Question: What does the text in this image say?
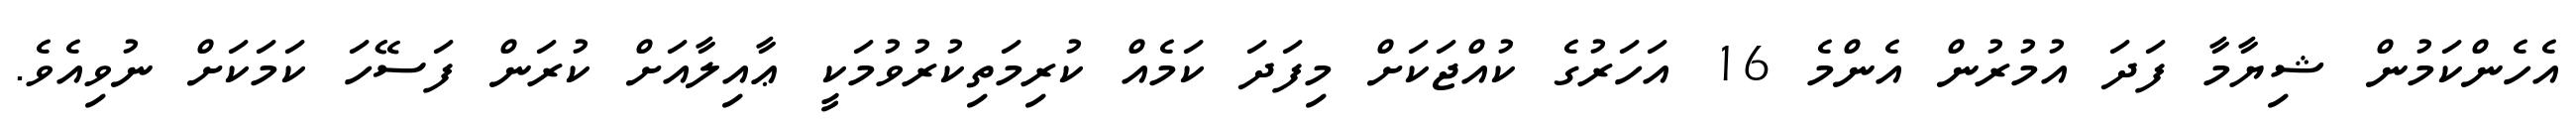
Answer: އެހެންކަމުން ޝިޔާމާ ފަދަ އުމުރުން އެންމެ 16 އަހަރުގެ ކުއްޖަކަށް މިފަދަ ކަމެއް ކުރިމަތިކުރުވުމަކީ ޢާއިލާއަށް ކުރަން ފަސޭހަ ކަމަކަށް ނުވިއެވެ.